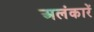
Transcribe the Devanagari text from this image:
अलंकारें